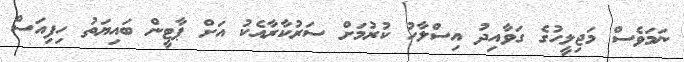
ނަމަވެސް މަޖިލީހުގެ ގަވާއިދު އިސްލާހު ކުރުމަށް ސަރުކާރާއެކު އަށް ޕާޓީން ބައިޔަތު ހިފިއަސް